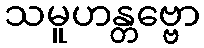
သမူဟန္တဗ္ဗော